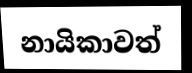
නායිකාවත්